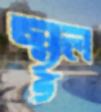
স্থূল